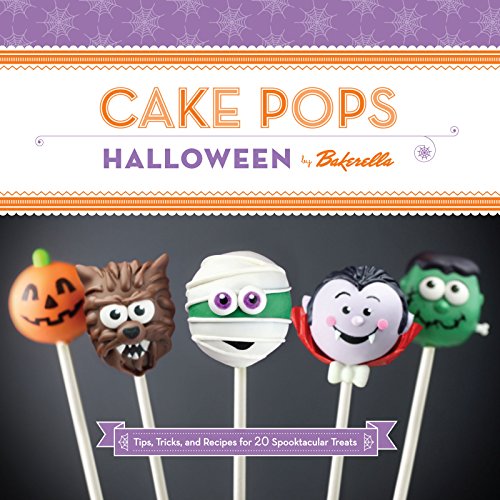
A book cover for Cake Pops Halloween: Tips, Tricks, and Recipes for 20 Spooktacular Treats; Angie Dudley; Cookbooks, Food & Wine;